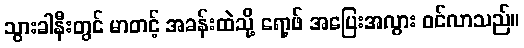
သွားခါနီးတွင် မာတင့် အခန်းထဲသို့ ရော့ဖ် အပြေးအလွား ဝင်လာသည်။